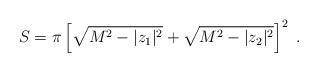
\begin{align*}S = \pi \left[ \sqrt{M^2 - |z_1|^2 } + \sqrt{ M^2 - |z_2|^2}\right]^2 ~.\end{align*}